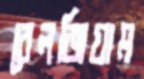
বেলজিয়াম